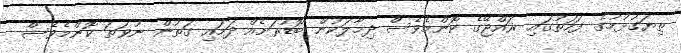
ތިޔަގުޅުމުގެ ފަހަތުގައި ޜައްޖޭގެ ކޮންމެވެސް ދިމާލަކުން ބޮޑުރަށެއް ދަމައި ގަތުން ނުވަތަ ކޮންމެވެސް